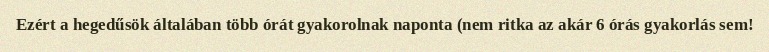
Ezért a hegedűsök általában több órát gyakorolnak naponta (nem ritka az akár 6 órás gyakorlás sem!